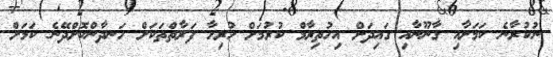
ނުކުރާނެ ކަމަށާއި ގާނޫނާއި ގަައިދަށް އިހުތިރާމް ކުރުމަށް ހުރިހާ ފަރާތްތަކަށް ހަނދާންކޮށްދޭނެ ކަމަށް